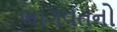
ભાગવતનો